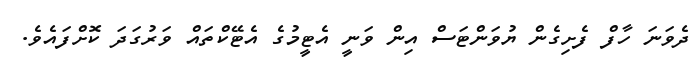
ދެވަނަ ހާފް ފެށިގެން ޔުވަންޓަސް އިން ވަނީ އެޓީމުގެ އެޓޭކްތައް ވަރުގަދަ ކޮށްފައެވެ.